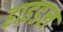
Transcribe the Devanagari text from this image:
हाइडल